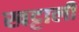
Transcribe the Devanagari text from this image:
खट्टाली